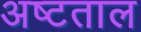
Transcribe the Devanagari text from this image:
अष्टताल